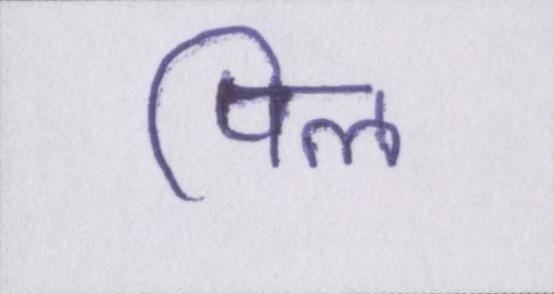
पिल